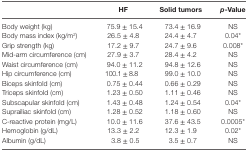
<table><thead><tr><td></td><td><b>HF</b></td><td><b>Solid tumors</b></td><td><b><i>p</i>-Value</b></td></tr></thead><tbody><tr><td>Body weight (kg)</td><td>75.9 ± 15.4</td><td>73.4 ± 16.9</td><td>NS</td></tr><tr><td>Body mass index (kg/m<sup>2</sup>)</td><td>26.5 ± 4.8</td><td>24.4 ± 4.7</td><td>0.04*</td></tr><tr><td>Grip strength (kg)</td><td>17.2 ± 9.7</td><td>24.7 ± 9.6</td><td>0.008*</td></tr><tr><td>Mid-arm circumference (cm)</td><td>27.9 ± 3.7</td><td>28.4 ± 4.2</td><td>NS</td></tr><tr><td>Waist circumference (cm)</td><td>94.0 ± 11.2</td><td>94.8 ± 12.6</td><td>NS</td></tr><tr><td>Hip circumference (cm)</td><td>100.1 ± 8.8</td><td>99.0 ± 10.0</td><td>NS</td></tr><tr><td>Biceps skinfold (cm)</td><td>0.75 ± 0.44</td><td>0.66 ± 0.29</td><td>NS</td></tr><tr><td>Triceps skinfold (cm)</td><td>1.23 ± 0.50</td><td>1.11 ± 0.46</td><td>NS</td></tr><tr><td>Subscapular skinfold (cm)</td><td>1.43 ± 0.48</td><td>1.24 ± 0.54</td><td>0.04*</td></tr><tr><td>Suprailiac skinfold (cm)</td><td>1.28 ± 0.52</td><td>1.18 ± 0.60</td><td>NS</td></tr><tr><td>C-reactive protein (mg/L)</td><td>10.0 ± 11.6</td><td>37.6 ± 43.5</td><td>0.0005*</td></tr><tr><td>Hemoglobin (g/dL)</td><td>13.3 ± 2.2</td><td>12.3 ± 1.9</td><td>0.02*</td></tr><tr><td>Albumin (g/dL)</td><td>3.8 ± 0.5</td><td>3.5 ± 0.7</td><td>NS</td></tr></tbody></table>